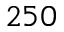
2 5 0